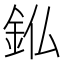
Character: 𮡫